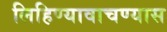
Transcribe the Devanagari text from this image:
लिहिण्यावाचण्यास